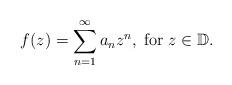
LaTeX: \begin{align*}f(z)=\sum_{n=1}^{\infty}a_nz^n,\; \mbox{for}\; z\in\mathbb{D}.\end{align*}